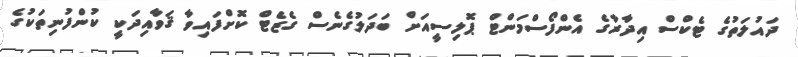
ދައުލަތުގެ ޓެކްސް އިދާރާގެ އެންފޯސްމަންޓް ޕޮލިސީއަށް ބަދަލުގެނެސް ގެޒެޓް ކޮށްފައިވާ ޤަވާއިދަކީ ކުންފުނިތަކުގެ